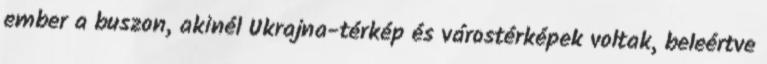
ember a buszon, akinél Ukrajna-térkép és várostérképek voltak, beleértve